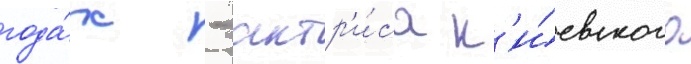
года́х - актр'и́са к'и́евского